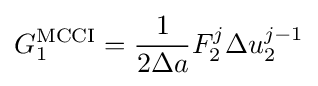
G_{1}^{\text{MCCI}}={\frac {1}{2\Delta a}}F_{2}^{j}{\Delta u_{2}^{j-1}}